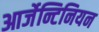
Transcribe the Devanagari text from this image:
आर्जेन्टिनियन